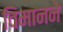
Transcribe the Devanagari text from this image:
विमानने